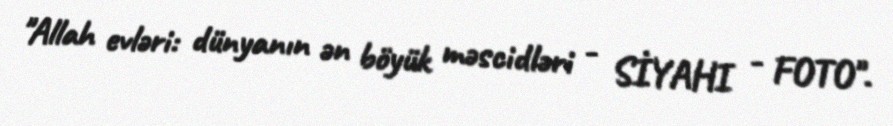
"Allah evləri: dünyanın ən böyük məscidləri - SİYAHI - FOTO".